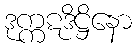
ဒုက္ကဋဒိဋ္ဌိနော